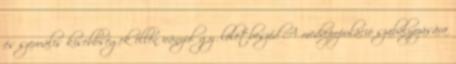
és szexuális kisebbségek ellen irányul gyűlöletbeszéd A medvepopuláció szabályozására